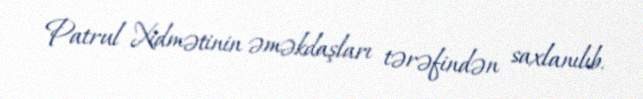
Patrul Xidmətinin əməkdaşları tərəfindən saxlanılıb.